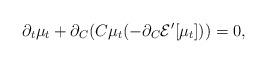
LaTeX: \begin{align*} \partial_t \mu_t + \partial_C(C\mu_t(-\partial_C \mathcal{E}'[\mu_t]))=0,\end{align*}